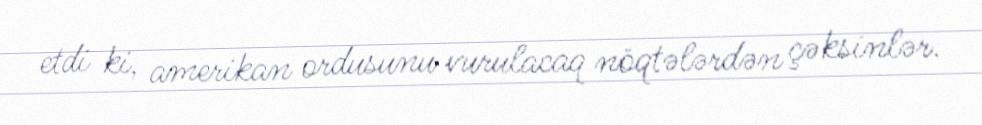
etdi ki, amerikan ordusunu vurulacaq nöqtələrdən çəksinlər.